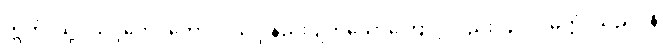
ဣတိ၊ သို့။ သဒ္ဒဘေဒတောပိ၊ သဒ္ဒါနည်းပျက်သောကြောင့်လည်း။ ဥပ္ပါဒမတ္တံ၊ သည်။ န